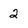
Character: 2